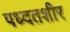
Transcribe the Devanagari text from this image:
पध्दतशीर